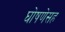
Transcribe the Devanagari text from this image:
घोषणेसह